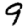
Digit: 9